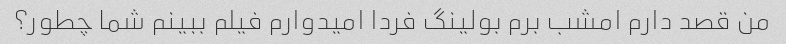
من قصد دارم امشب برم بولینگ فردا امیدوارم فیلم ببینم شما چطور؟